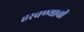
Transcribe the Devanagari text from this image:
हरवण्याची